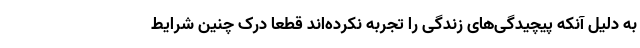
به دلیل آنکه پیچیدگی‌های زندگی را تجربه نکرده‌اند قطعا درک چنین شرایط